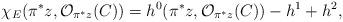
LaTeX: \begin{align*}\chi_{E} (\pi^* z, {\cal O}_{\pi^* z}(C))=h^{0} (\pi^* z, {\cal O}_{\pi^* z}(C))-h^1 +h^2,\end{align*}